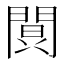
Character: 𮤔